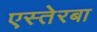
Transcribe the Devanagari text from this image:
एस्तेरबा